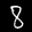
Label: 8